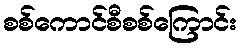
စစ်ကောင်စီစစ်ကြောင်း